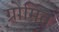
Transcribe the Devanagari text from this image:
ग्रोमित